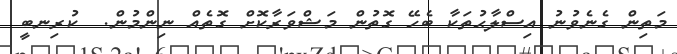
މަތިން ގެނެވުނު އިސްލާޙުތަކާ ބެހޭ ގޮތުން މަޝްވަރާކޮށް ގޮތެއް ނިންމުން.  ކުރިނބީ